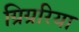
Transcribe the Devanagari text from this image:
ग्रिग्ररिया